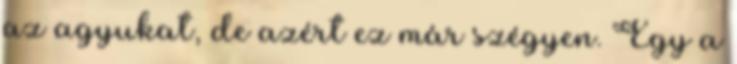
az agyukat, de azért ez már szégyen. Egy a